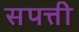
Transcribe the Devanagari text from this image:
सपत्ती